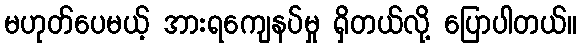
မဟုတ်ပေမယ့် အားရကျေနပ်မှု ရှိတယ်လို့ ပြောပါတယ်။